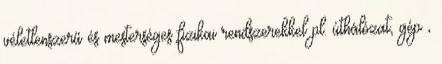
véletlenszerű és mesterséges fizikai rendszerekkel pl. úthálózat, gép ,